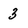
Character: 3